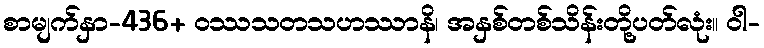
စာမျက်နှာ-436+ ဝဿသတသဟဿာနိ၊ အနှစ်တစ်သိန်းတို့ပတ်လုံး။ ဝါ-